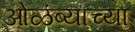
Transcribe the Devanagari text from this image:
ओळंब्याच्या